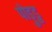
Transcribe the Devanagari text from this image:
पोड़ुडु